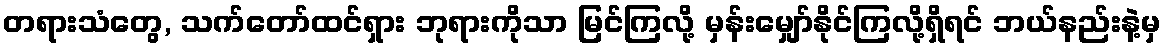
တရားသံတွေ, သက်တော်ထင်ရှား ဘုရားကိုသာ မြင်ကြလို့ မှန်းမျှော်နိုင်ကြလို့ရှိရင် ဘယ်နည်းနဲ့မှ